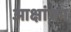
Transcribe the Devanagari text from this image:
आक्षांका